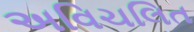
અવિચલિત